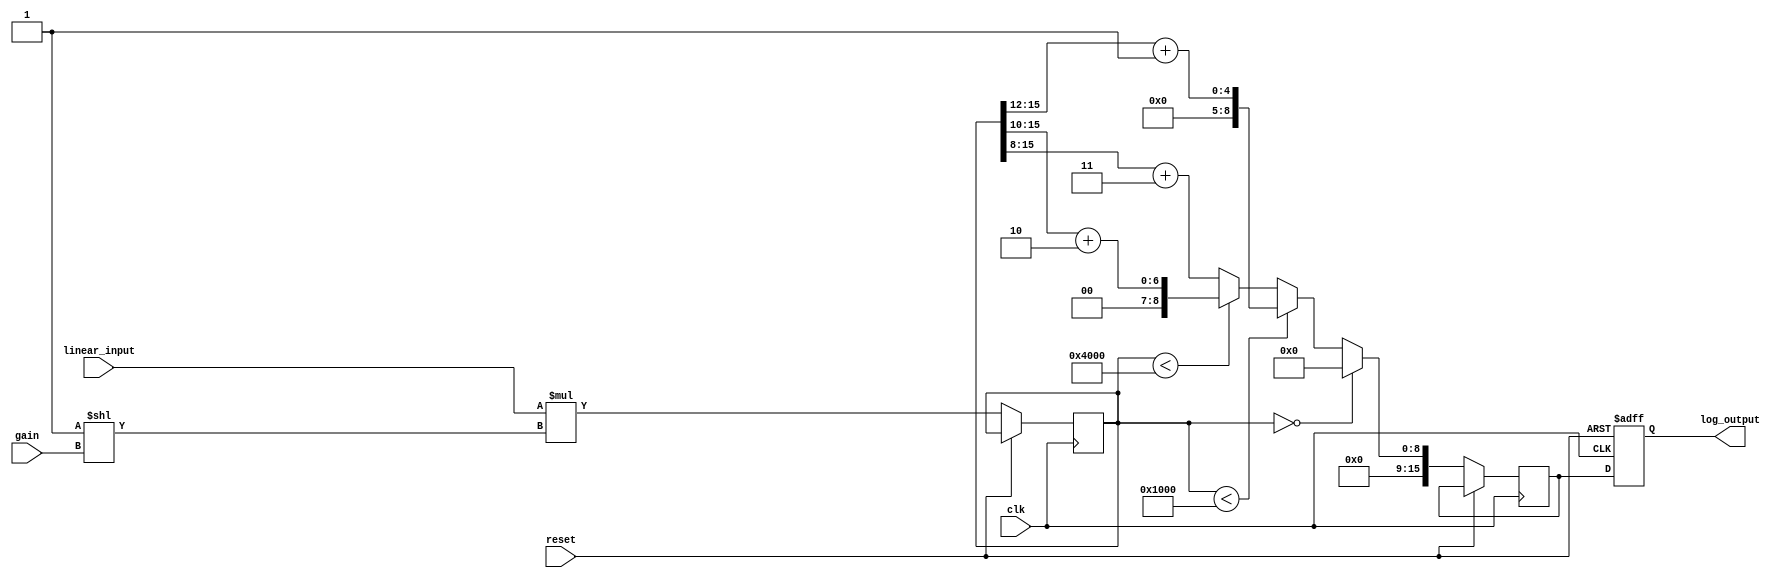
module LogarithmicAmplifier (
    input wire [15:0] linear_input, // 16-bit linear input signal
    input wire [3:0] gain,           // Gain control (4-bit)
    input wire clk,                  // Clock signal
    input wire reset,                // Reset signal
    output reg [15:0] log_output     // 16-bit logarithmic output signal
);

// Internal signals
reg [15:0] scaled_input;
reg [15:0] log_value;

// Logarithmic approximation function
function [15:0] log_approx;
    input [15:0] x;
    begin
        // Piecewise linear approximation of log(x)
        if (x == 0) begin
            log_approx = 16'h0000; // log(0) is undefined, return 0
        end else if (x < 16'h1000) begin
            log_approx = x[15:12] + 16'h0001; // Approximation for small values
        end else if (x < 16'h4000) begin
            log_approx = x[15:10] + 16'h0002; // Approximation for medium values
        end else begin
            log_approx = x[15:8] + 16'h0003;  // Approximation for large values
        end
    end
endfunction

// Scaling logic based on gain
always @(posedge clk or posedge reset) begin
    if (reset) begin
        log_output <= 16'h0000;
    end else begin
        // Scale the input based on gain
        scaled_input <= linear_input * (1 << gain); // Simple scaling
        // Calculate logarithmic value
        log_value <= log_approx(scaled_input);
        // Output the logarithmic value
        log_output <= log_value;
    end
end

endmodule